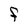
Character: F